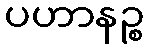
ပဟာနဉ္စ